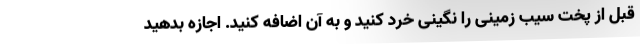
قبل از پخت سیب زمینی را نگینی خرد کنید و به آن اضافه کنید. اجازه بدهید